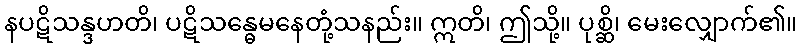
နပဋိသန္ဒဟတိ၊ ပဋိသန္ဓေမနေတုံ့သနည်း။ ဣတိ၊ ဤသို့။ ပုစ္ဆိ၊ မေးလျှောက်၏။